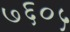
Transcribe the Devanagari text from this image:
७६०५